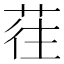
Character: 𰱖